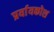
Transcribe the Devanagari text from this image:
प्रर्यायकोश